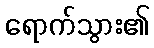
ရောက်သွား၏